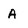
Character: A